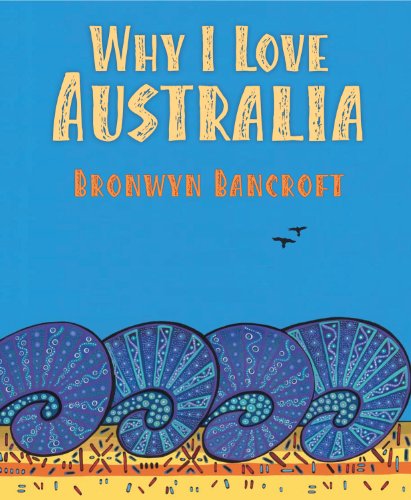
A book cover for Why I Love Australia; Bronwyn Bancroft; Children's Books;